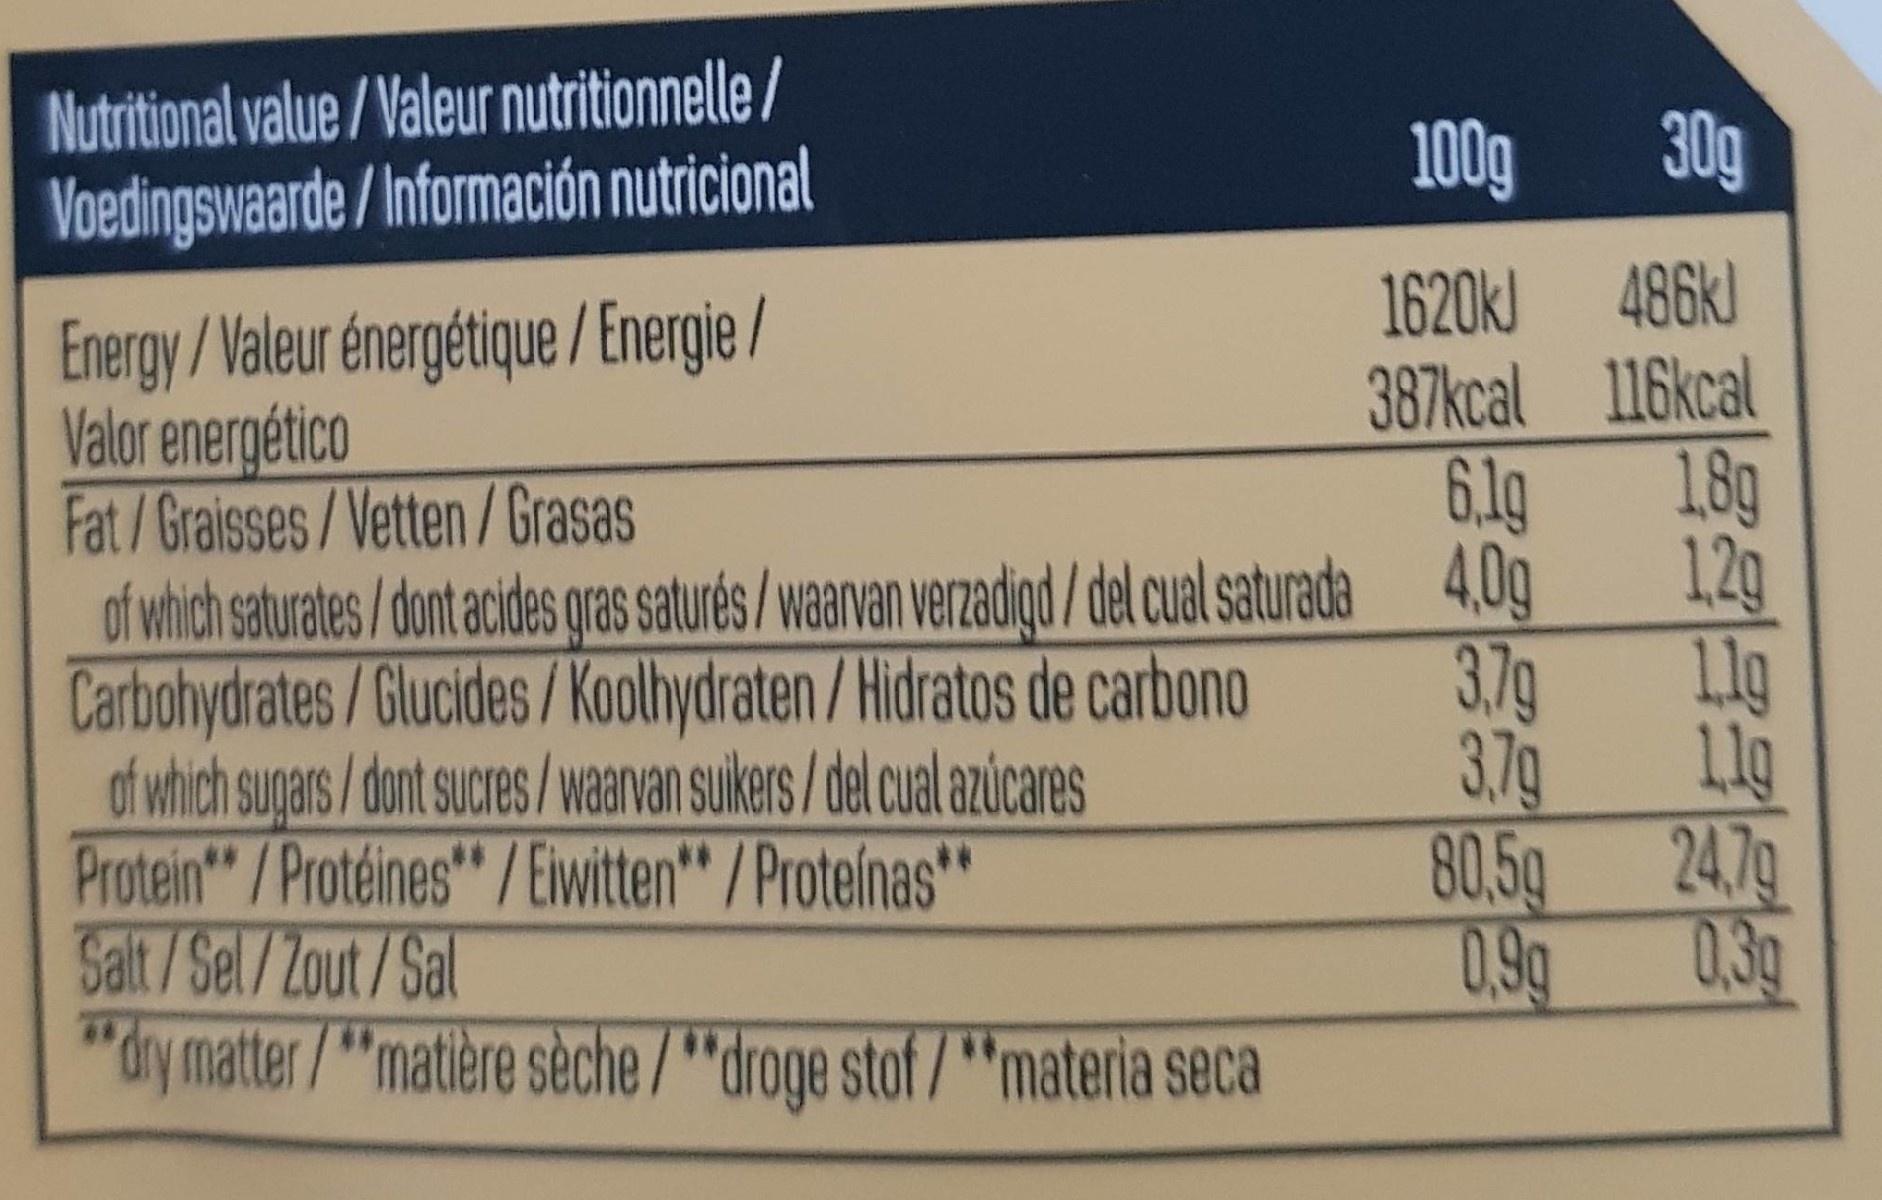
Nutritional value / Valeur nutritionnelle /
100g
30g
Voedingswaarde /Información nutricional
Energy/Valeur énergétique / Energie / Valor energético Fat/Graisses/Vetten/Grasas
1620kJ 486k) 387kcal 116kcal
6.1g
1.8g
of which saturates/dont acides gras saturés /waarvan verzadigd / del cual saturada 4,0g
1.2g
3.7g
Llg
Carbohydrates/Glucides /Koolhydraten/Hidratos de carbono of which sugars/dont sucres /waarvan suikers /del cual azúcares Protein"/Protéines" /Eiwitten" / Proteínas" Salt/Sel/Zout/Sal "dy matter/"matière sèche/"droge stof /"materia seca
3.7g
1lg
80.5g
24.7g
**
**
**
0.9g
0.3g